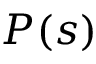
P ( s )